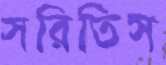
সরিতিস